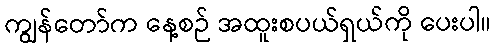
ကျွန်တော်က နေ့စဉ် အထူးစပယ်ရှယ်ကို ပေးပါ။